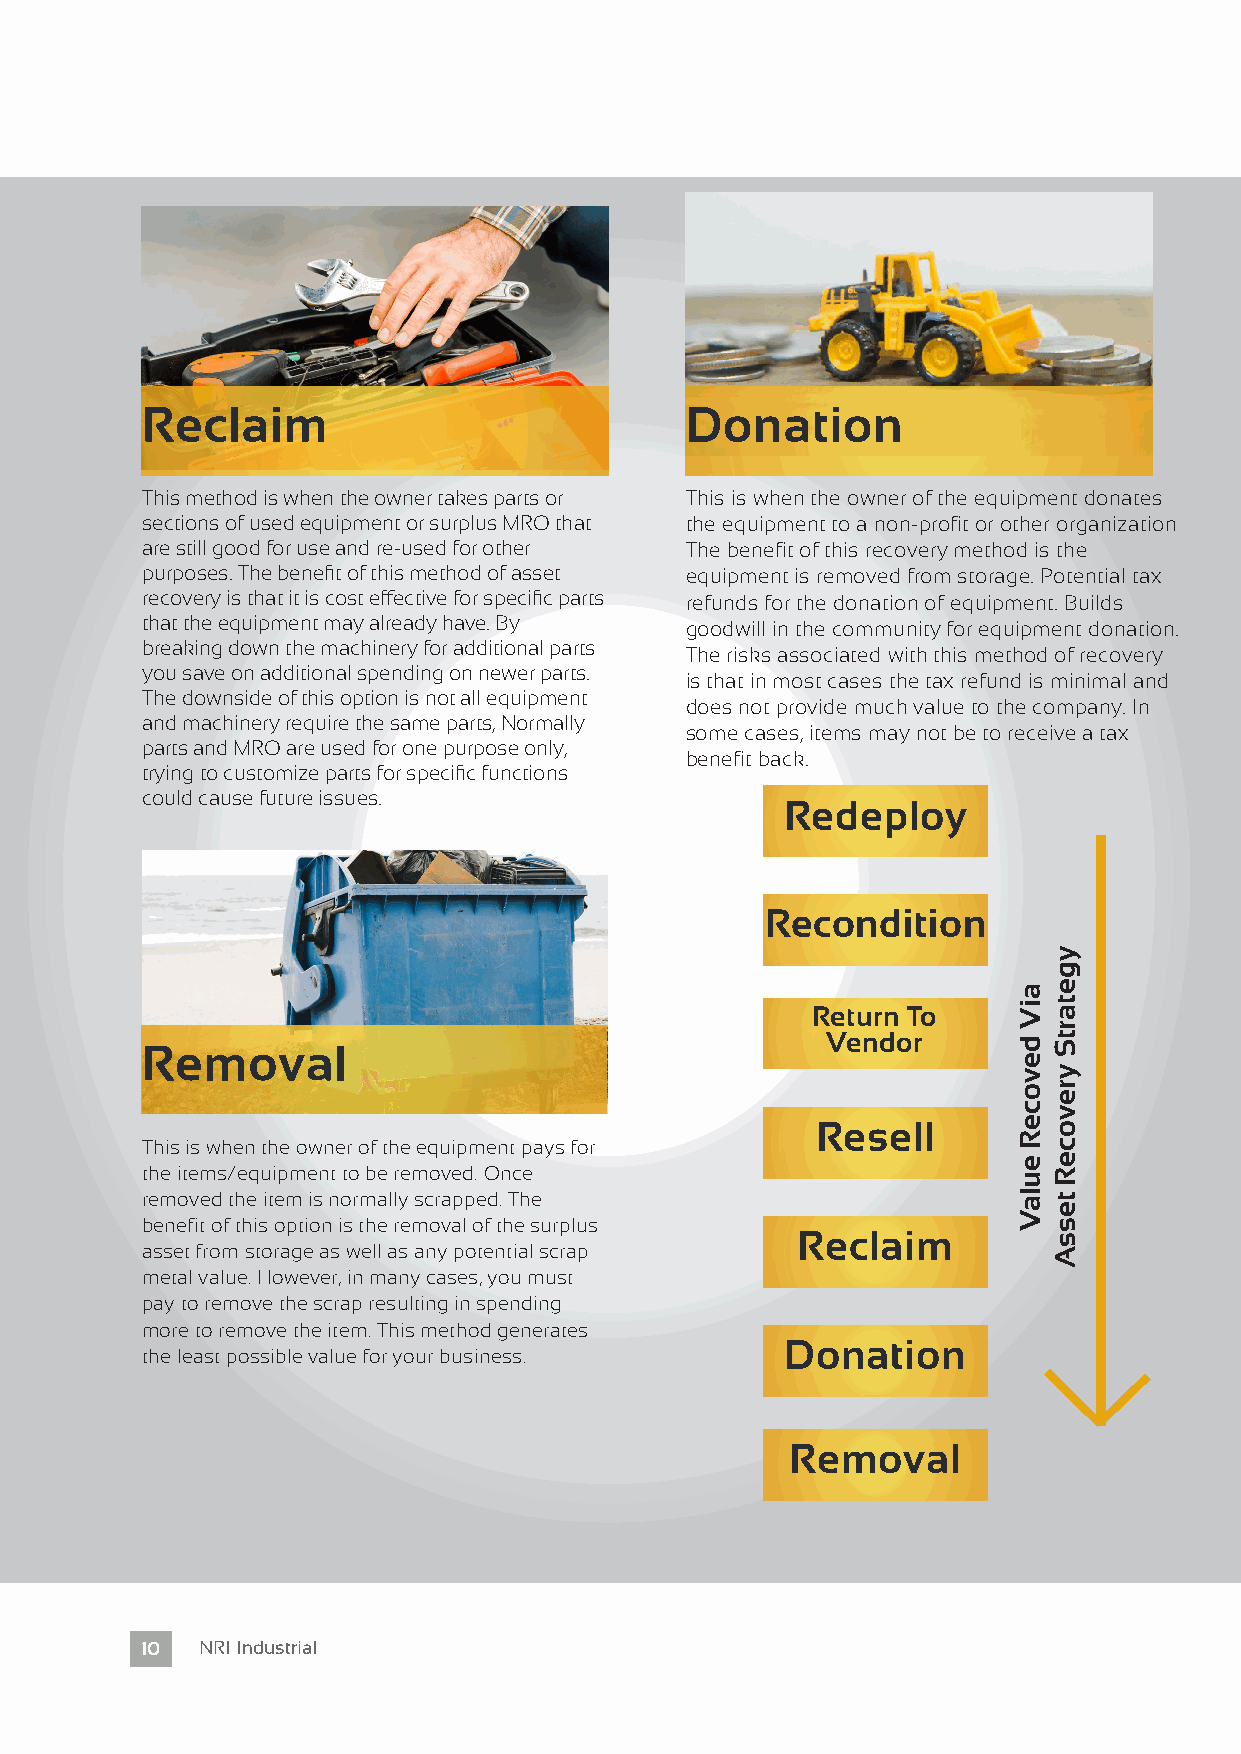
Reclaim                             Donation
 This method is when the owner takes parts or This is when the owner of the equipment donates
 sections of used equipment or surplus MRO that the equipment to a non-profit or other organization
 are still good for use and re-used for other The benefit of this recovery method is the
 purposes. The benefit of this method of asset equipment is removed from storage. Potential tax
 recovery is that it is cost effective for specific parts refunds for the donation of equipment. Builds
 that the equipment may already have. By goodwill in the community for equipment donation.
 breaking down the machinery for additional parts The risks associated with this method of recovery
 you save on additional spending on newer parts.
 is that in most cases the tax refund is minimal and
 The downside of this option is not all equipment
 does not provide much value to the company. In
 and machinery require the same parts, Normally
 some cases, items may not be to receive a tax
 parts and MRO are used for one purpose only,
 benefit back.
 trying to customize parts for specific functions
 could cause future issues.
 Redeploy
 Recondition
 Return To
 Vendor
 Removal
 Resell
 This is when the owner of the equipment pays for
 the items/equipment to be removed. Once
 removed the item is normally scrapped. The
 benefit of this option is the removal of the surplus
 Reclaim
 asset from storage as well as any potential scrap
 metal value. However, in many cases, you must
 pay to remove the scrap resulting in spending
 more to remove the item. This method generates
 Donation
 the least possible value for your business.
 Removal
 10  NRI Industrial
 aiV
 devoceR
 eulaV
 ygetartS
 yrevoceR
 tessA